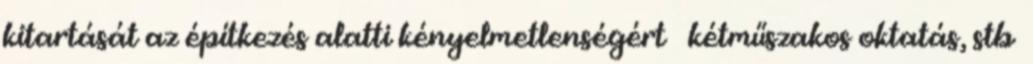
kitartását az építkezés alatti kényelmetlenségért kétműszakos oktatás, stb